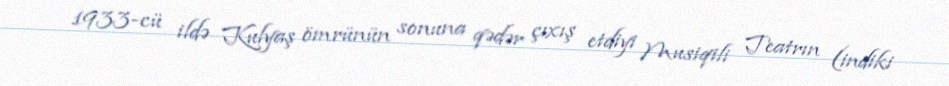
1933-cü ildə Kulyaş ömrünün sonuna qədər çıxış etdiyi Musiqili Teatrın (indiki